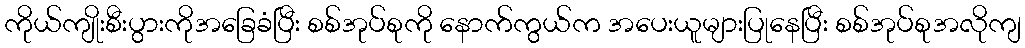
ကိုယ်ကျိုးစီးပွားကိုအခြေခံပြီး စစ်အုပ်စုကို နောက်ကွယ်က အပေးယူများပြုနေပြီး စစ်အုပ်စုအလိုကျ